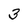
Character: 3